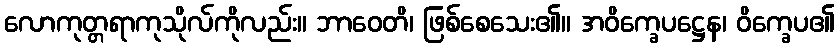
လောကုတ္တရာကုသိုလ်ကိုလည်း။ ဘာဝေတိ၊ ဖြစ်စေသေး၏။ အဝိက္ခေပဋ္ဌေန၊ ဝိက္ခေပ၏